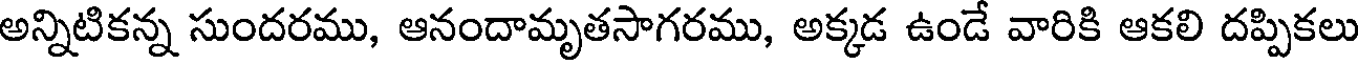
అన్నిటికన్న సుందరము, ఆనందామృతసాగరము, అక్కడ ఉండే వారికి ఆకలి దప్పికలు